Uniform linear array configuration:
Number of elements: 24
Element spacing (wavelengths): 0.25
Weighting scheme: exponential
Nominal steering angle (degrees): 60
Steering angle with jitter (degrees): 61.512
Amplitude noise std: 0.05
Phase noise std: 0.05

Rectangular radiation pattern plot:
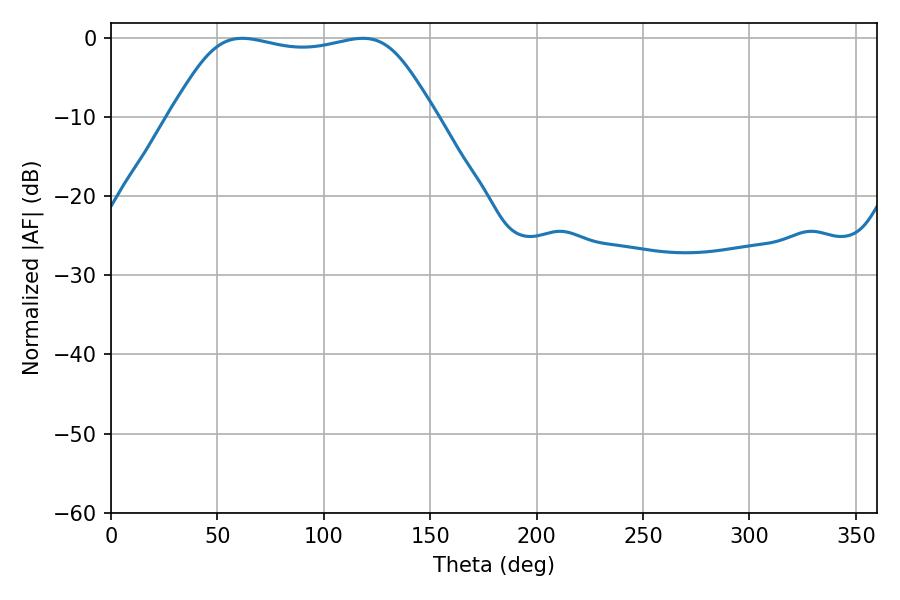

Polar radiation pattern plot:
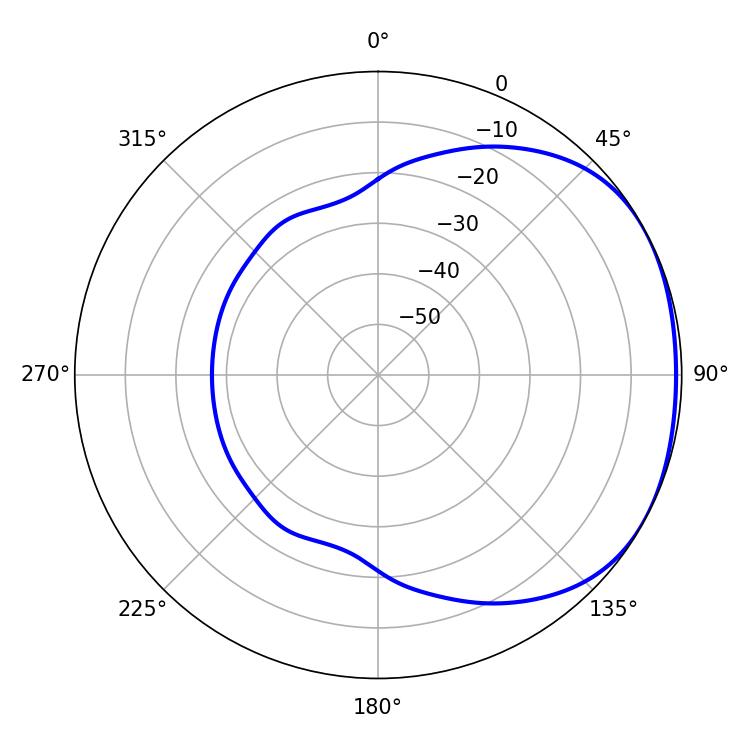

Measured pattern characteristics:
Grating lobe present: FALSE
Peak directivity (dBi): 1.679
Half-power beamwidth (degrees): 94.68
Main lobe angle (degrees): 61.74